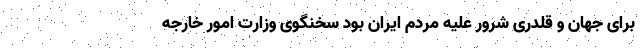
برای جهان و قلدری شرور علیه مردم ایران بود سخنگوی وزارت امور خارجه